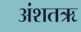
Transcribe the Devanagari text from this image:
अंशतऋ